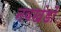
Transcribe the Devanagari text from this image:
नवखंडों